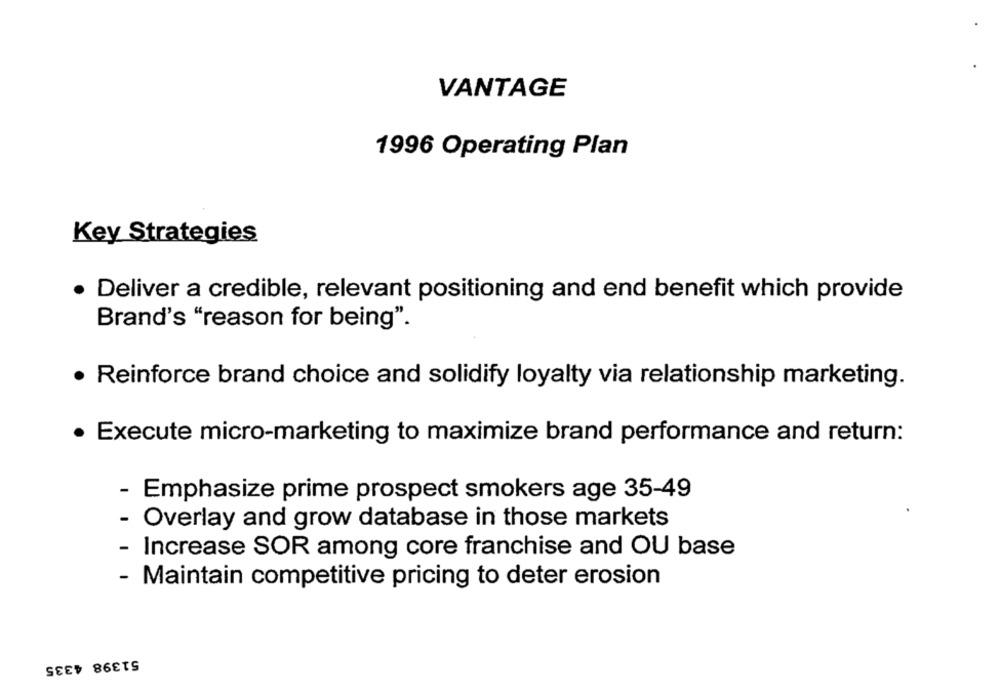
VANTAGE
1996 Operating Plan
Key Strategies
· Deliver a credible, relevant positioning and end benefit which provide
Brand's "reason for being".
· Reinforce brand choice and solidify loyalty via relationship marketing.
· Execute micro-marketing to maximize brand performance and return:
Emphasize prime prospect smokers age 35-49
· Overlay and grow database in those markets
Increase SOR among core franchise and OU base
- Maintain competitive pricing to deter erosion
51398 4335